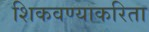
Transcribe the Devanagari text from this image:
शिकवण्याकरिता